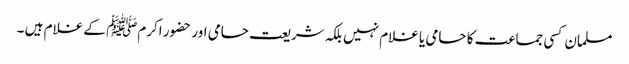
مسلمان کسی جماعت کا حامی یا غلام نہیں بلکہ شریعت حامی اور حضور اکرمﷺ کے غلام ہیں ۔